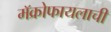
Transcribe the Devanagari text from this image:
मॅक्रोफायलाची